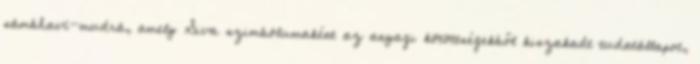
sámbhaví-mudrá, amely Siva szimbólumaként az anyagi kötöttségekből kiszakadt tudatállapot,